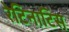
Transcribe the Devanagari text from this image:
रेटिनाटिस